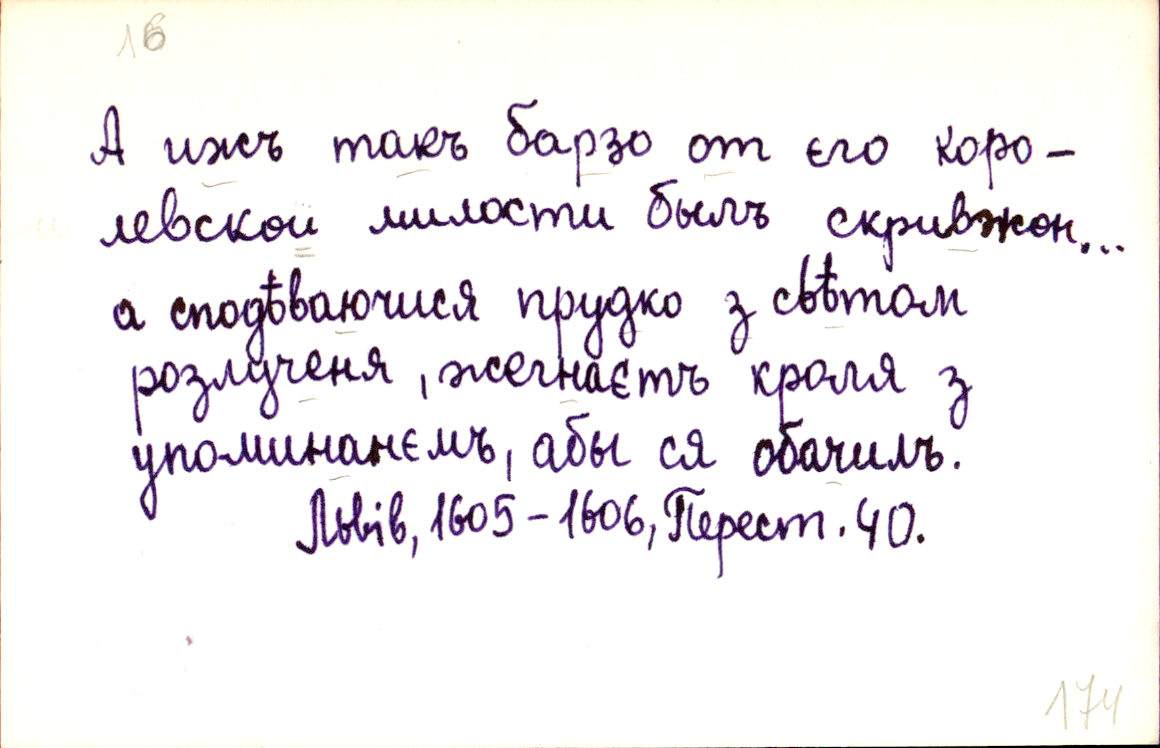
А ижъ такъ барзо от єго коро-
левскои милости былъ скривжон…
а сподѣваючися прудко з свѣтом
розлученя, жегнаєтъ кроля з
упоминанємъ, абы ся обачилъ.
Львів, 1605-1606, Перест. 40.